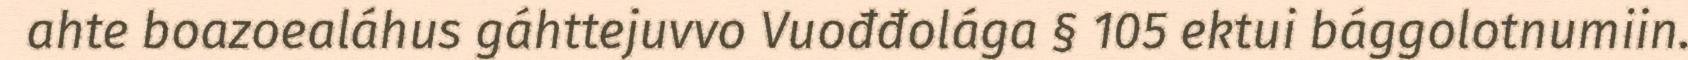
ahte boazoealáhus gáhttejuvvo Vuođđolága § 105 ektui bággolotnumiin.